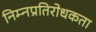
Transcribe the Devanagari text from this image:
निम्नप्रतिरोधकता